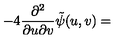
- 4 \displaystyle \frac { \partial ^ { 2 } } { \partial u \partial v } { \tilde { \psi } } ( u , v ) =